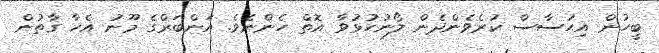
ބީހުން އިހުސާސް ކުރެވެންދެން ލޯނުހުޅުވާ އޮތް ހެންނެވެ. އަންބަރްގެ މޫނު އެހާ ގާތުން